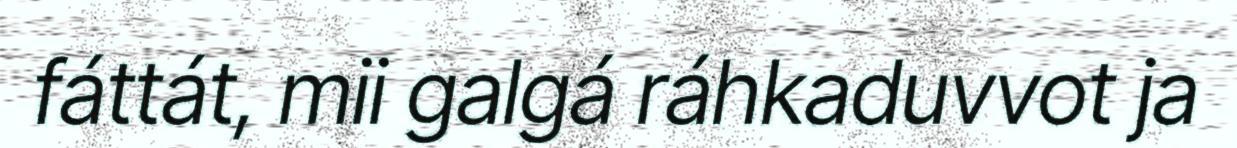
fáttát, mii galgá ráhkaduvvot ja